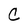
Character: C